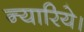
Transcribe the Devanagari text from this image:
न्यारिये।